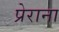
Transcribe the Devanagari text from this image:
प्रेराना